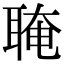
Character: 𦖈